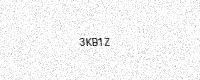
Text: 3KB1Z